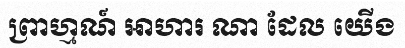
ព្រាហ្មណ៍ អាហារ ណា ដែល យើង